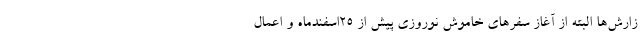
زارش‌ها البته از آغاز سفرهای خاموش نوروزی پیش از ۲۵اسفندماه و اعمال